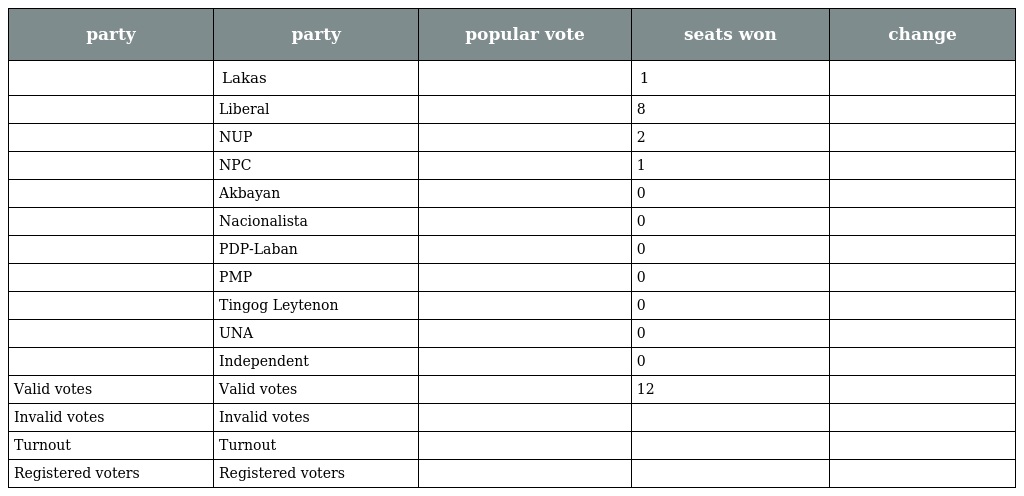
| party | party | popular vote | seats won | change |
 | --- | --- | --- | --- | --- |
 |  | Lakas |  | 1 |  |
 |  | Liberal |  | 8 |  |
 |  | NUP |  | 2 |  |
 |  | NPC |  | 1 |  |
 |  | Akbayan |  | 0 |  |
 |  | Nacionalista |  | 0 |  |
 |  | PDP-Laban |  | 0 |  |
 |  | PMP |  | 0 |  |
 |  | Tingog Leytenon |  | 0 |  |
 |  | UNA |  | 0 |  |
 |  | Independent |  | 0 |  |
 | Valid votes | Valid votes |  | 12 |  |
 | Invalid votes | Invalid votes |  |  |  |
 | Turnout | Turnout |  |  |  |
 | Registered voters | Registered voters |  |  |  |